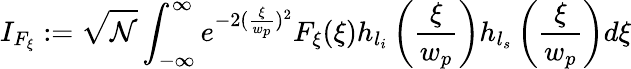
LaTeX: I_{F_{\xi}}:=\sqrt{\mathcal{N}}\int_{-\infty}^{\infty}e^{-2(\frac{\xi}{w_{p}})^{2}}F_{\xi}(\xi)h_{l_{i}}\left(\frac{\xi}{w_{p}}\right)h_{l_{s}}\left(\frac{\xi}{w_{p}}\right)d\xi